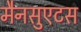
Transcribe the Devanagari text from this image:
मैनसुएटस